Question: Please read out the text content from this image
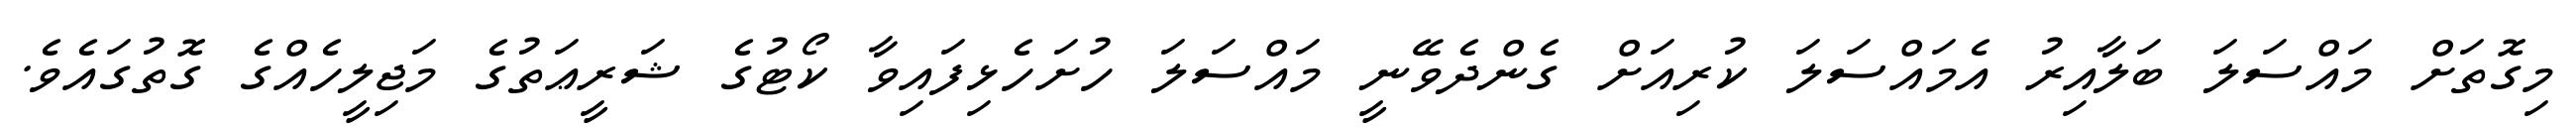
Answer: މިގޮތަށް މައްސަލަ ބަލާއިރު އެމައްސަލަ ކުރިއަށް ގެންދެވޭނީ މައްސަލަ ހުށަހެޅިފައިވާ ކޯޓުގެ ޝަރީޢަތުގެ މަޖިލީހެއްގެ ގޮތުގައެވެ.